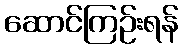
ဆောင်ကြဉ်းရန်